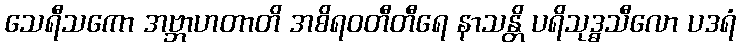
သေရီသကော အဗ္ဘာဟတာတိ အစိရဝတီတီရေ နာသန္တိ ပရိသုဒ္ဓသီလော ပဒရံ